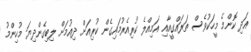
އަދި ކޮންމެ މީހަކުވެސް ތަރައްގީއާއި އަމިއްލެ ކުރިއެރުމައިގެން ކުރިއަށް ދިއުމަށް ލިބިގެންދިޔަ މުހިންމު